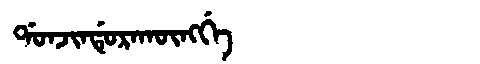
Manchu: ᡩᠣᠨᠵᡳᠨᡩᡠᡵᠠᡴᡡᠩᡤᡝ
Romanization: DONJINDURAKŪNGGE